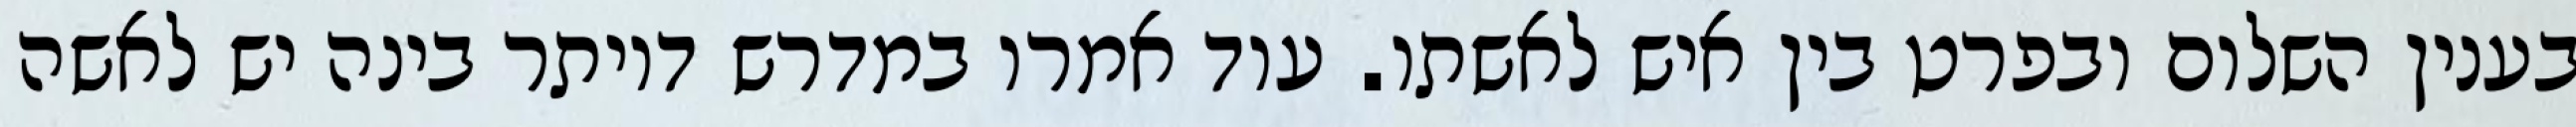
בענין השלום ובפרט בין איש לאשתו. עוד אמרו במדרש דיותר בינה יש לאשה